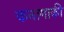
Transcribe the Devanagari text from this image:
कनागाकी